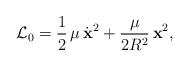
LaTeX: \begin{align*}{\cal L}_{0}=\frac{1}{2}\,\mu\,\dot{\bf x}^{2}+\frac{\mu}{2R^{2}}\,{\bf x}^{2},\end{align*}